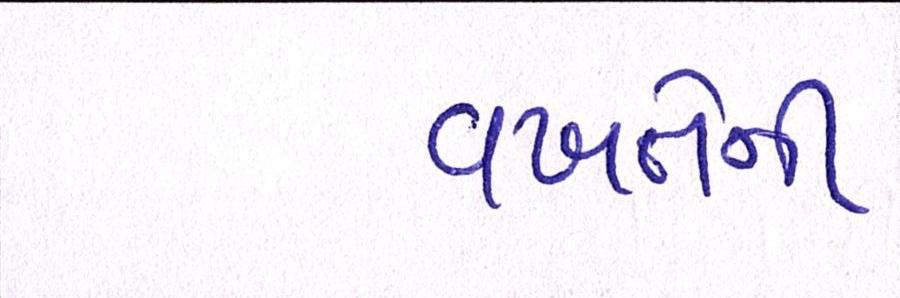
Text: વખતેની